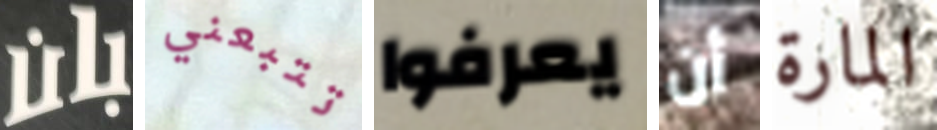
بان تتبعني يعرفوا أن المارة